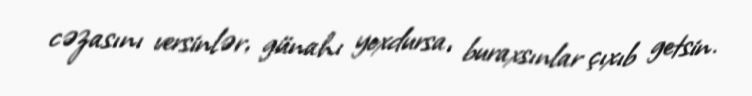
cəzasını versinlər, günahı yoxdursa, buraxsınlar çıxıb getsin.